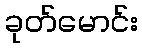
ခုတ်မောင်း